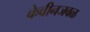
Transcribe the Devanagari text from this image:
केबीनजवळ